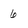
Character: 6